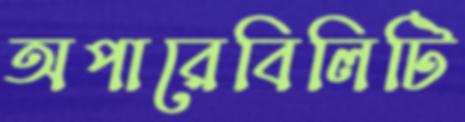
অপারেবিলিটি